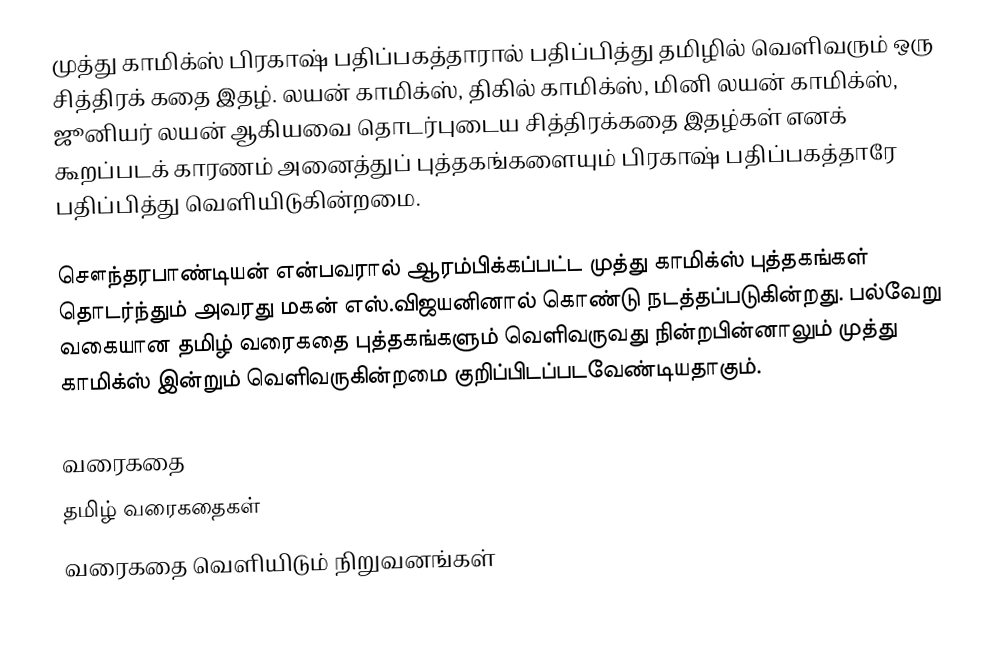
முத்து காமிக்ஸ் பிரகாஷ் பதிப்பகத்தாரால் பதிப்பித்து தமிழில் வெளிவரும் ஒரு சித்திரக் கதை இதழ். லயன் காமிக்ஸ், திகில் காமிக்ஸ், மினி லயன் காமிக்ஸ், ஜூனியர் லயன் ஆகியவை தொடர்புடைய சித்திரக்கதை இதழ்கள் எனக் கூறப்படக் காரணம் அனைத்துப் புத்தகங்களையும் பிரகாஷ் பதிப்பகத்தாரே பதிப்பித்து வெளியிடுகின்றமை.

சௌந்தரபாண்டியன் என்பவரால் ஆரம்பிக்கப்பட்ட முத்து காமிக்ஸ் புத்தகங்கள் தொடர்ந்தும் அவரது மகன் எஸ்.விஜயனினால் கொண்டு நடத்தப்படுகின்றது. பல்வேறு வகையான தமிழ் வரைகதை புத்தகங்களும் வெளிவருவது நின்றபின்னாலும் முத்து காமிக்ஸ் இன்றும் வெளிவருகின்றமை குறிப்பிடப்படவேண்டியதாகும்.

வரைகதை
தமிழ் வரைகதைகள்
வரைகதை வெளியிடும் நிறுவனங்கள்